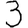
Digit: 3